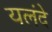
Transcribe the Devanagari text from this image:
यलंदे